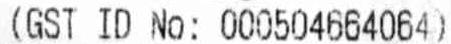
(GST ID NO: 000504664064)